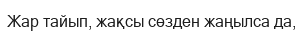
Жар тайып, жақсы сөзден жаңылса да,